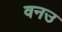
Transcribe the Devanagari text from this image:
वनउ